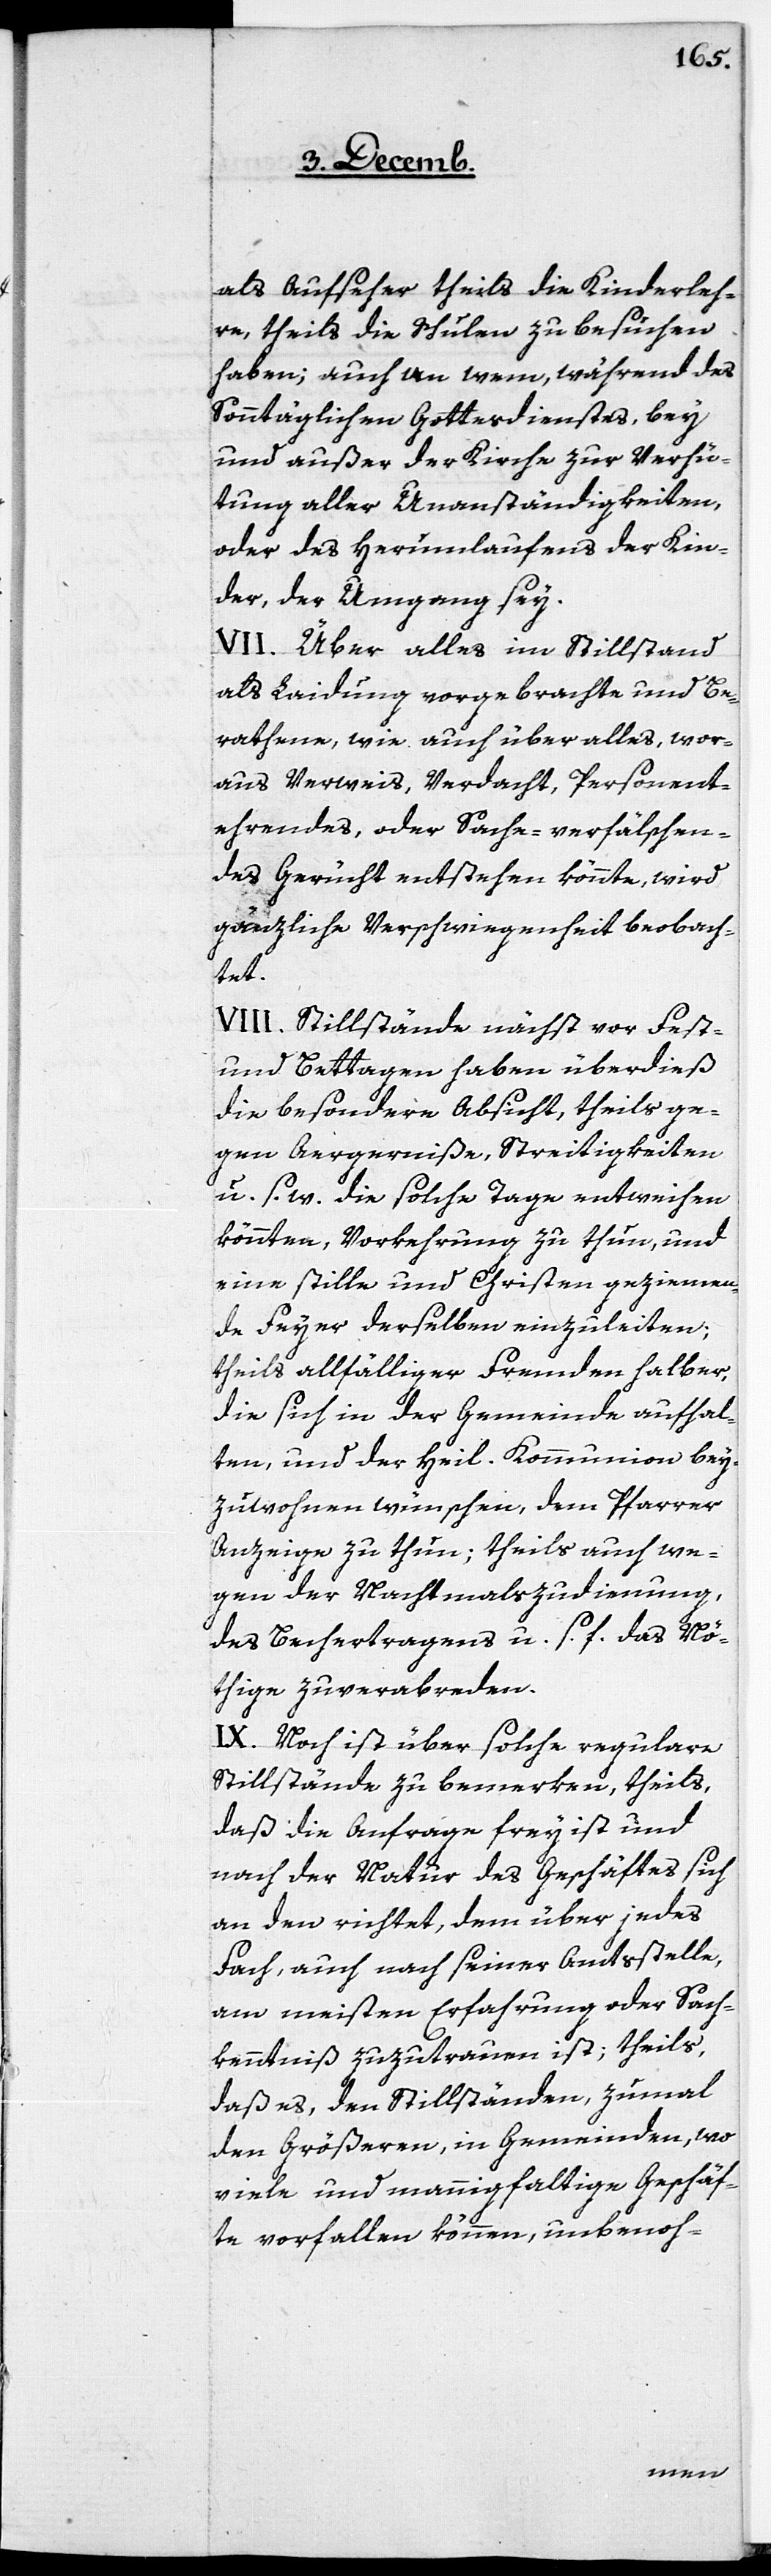
als Aufseher theils die Kinderleh¬
re, theils die Schulen zu besuchen
haben; auch an wem, während des
Sonntäglichen Gottesdienstes, bey
und außer der Kirche zur Verhü¬
tung aller Unanständigkeiten,
oder des Herumlaufens der Kin¬
der, der Umgang sey.
VII. Über alles im Stillstand
als Laidung vorgebrachte und be¬
rathene, wie auch über alles, wor¬
aus Verweis, Verdacht, Personent¬
ehrendes, oder Sache-verfälschen¬
des Gerücht entstehen könnte, wird
gänzliche Verschwiegenheit beobach¬
tet.
VIII. Stillstände nächst vor Fest-
und Bettagen haben überdieß
die besondere Absicht, theils ge¬
gen Aergerniße, Streitigkeiten
u. s. w. die solche Tage entweihen
könnten, Vorkehrung zu thun, und
eine stille und Christen geziemen¬
de Feyer derselben einzuleiten;
theils allfälliger Fremden halber,
die sich in der Gemeinde aufhal¬
ten, und der heil. Kommunion bey¬
zuwohnen wünschen, dem Pfarrer
Anzeige zu thun; theils auch we¬
gen der Nachtmalszudienung,
des Bechertragens u. s. f. das Nö¬
thige zuverabreden.
IX. Noch ist über solche regulare
Stillstände zu bemerken, theils,
daß die Anfrage frey ist und
nach der Natur des Geschäftes sich
an den richtet, dem über jedes
Fach, auch nach seiner Amtsstelle,
am meisten Erfahrung oder Sach¬
kenntniß zuzutrauen ist; theils,
daß es, den Stillständen, zumal
den Größeren, in Gemeinden, wo
viele und mannigfaltige Geschäf¬
te vorfallen können, unbenoh-